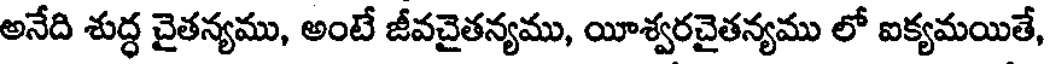
అనేది శుద్ధ చైతన్యము, అంటే జీవచైతన్యము, యీశ్వరచైతన్యము లో ఐక్యమయితే,